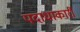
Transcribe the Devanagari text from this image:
पदाधाकारी